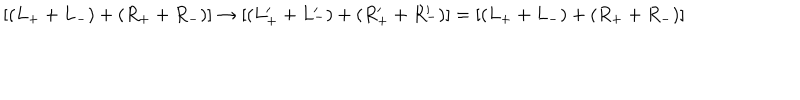
LaTeX: \left[ ( L _ { + } + L _ { - } ) + ( R _ { + } + R _ { - } ) \right] \rightarrow \left[ ( L _ { + } ^ { \prime } + L _ { - } ^ { \prime } ) + ( R _ { + } ^ { \prime } + R _ { - } ^ { \prime } ) \right] = \left[ ( L _ { + } + L _ { - } ) + ( R _ { + } + R _ { - } ) \right]